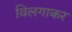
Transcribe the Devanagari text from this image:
विलगाकर